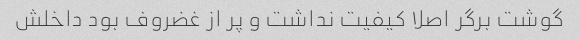
گوشت برگر اصلا کیفیت نداشت و پر از غضروف بود داخلش